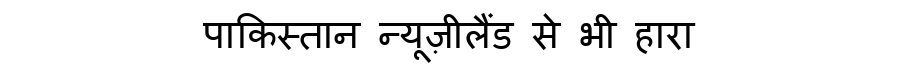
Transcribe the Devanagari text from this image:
पाकिस्तान न्यूज़ीलैंड से भी हारा